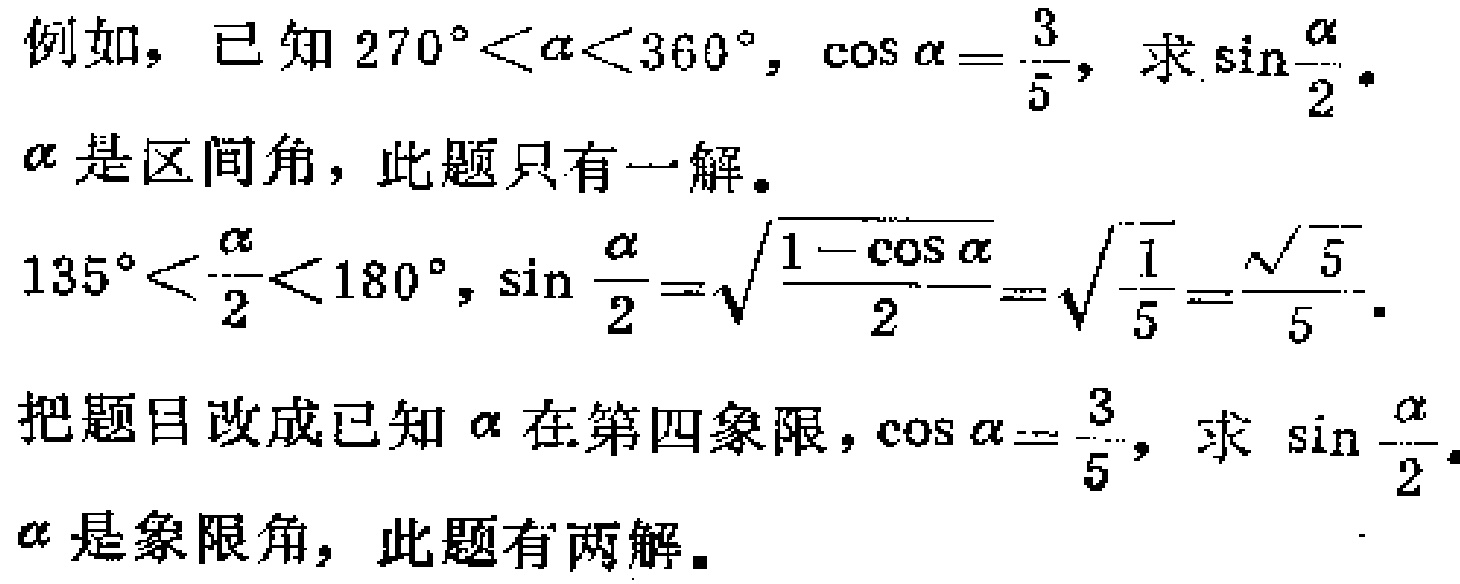
例如，已知 \(270^{\circ}<\alpha<360^{\circ}\)，\(\cos\alpha = \frac{3}{5}\)，求 \(\sin\frac{\alpha}{2}\)。
\(\alpha\) 是区间角，此题只有一解。
\(135^{\circ}<\frac{\alpha}{2}<180^{\circ}\)，\(\sin\frac{\alpha}{2}=\sqrt{\frac{1 - \cos\alpha}{2}}=\sqrt{\frac{1}{5}}=\frac{\sqrt{5}}{5}\)。
把题目改成已知 \(\alpha\) 在第四象限，\(\cos\alpha = \frac{3}{5}\)，求 \(\sin\frac{\alpha}{2}\)。
\(\alpha\) 是象限角，此题有两解。